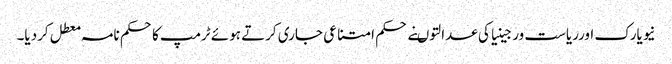
نیویارک اورریاست ورجینیاکی عدالتوںنے حکم امتناعی جاری کرتے ہوئے ٹرمپ کاحکم نامہ معطل کردیا۔